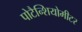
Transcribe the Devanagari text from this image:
पोटैन्शियोमीटर